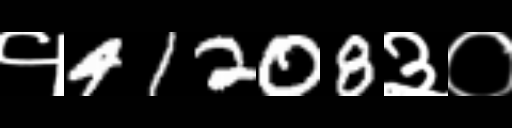
Text: १41208३०